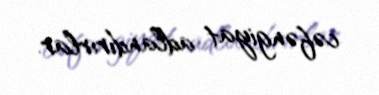
cəfəngiyat adlandırırlar.